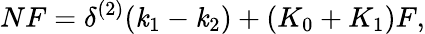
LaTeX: NF=\delta^{(2)}(\mathit{k}_{1}-\mathit{k}_{2})+(K_{0}+K_{1})F,